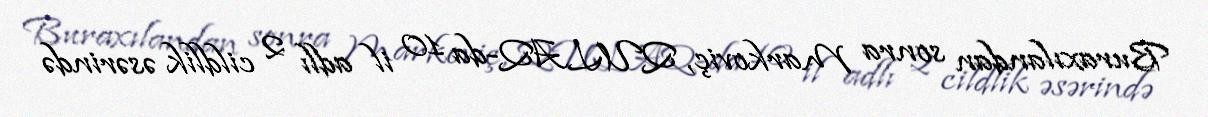
Buraxılandan sonra Markoviç, QULAQ-da 10 il adlı 2 cildlik əsərində